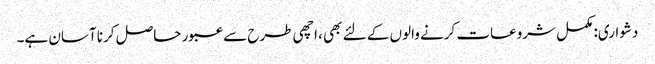
دشواری: مکمل شروعات کرنے والوں کے لئے بھی ، اچھی طرح سے عبور حاصل کرنا آسان ہے۔